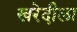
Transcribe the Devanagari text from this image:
खरेदीला